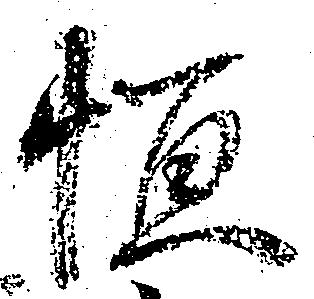
恒